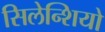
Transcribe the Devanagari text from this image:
सिलेन्शियो